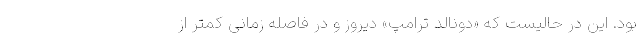
بود. این در حالیست که «دونالد ترامپ» دیروز و در فاصله زمانی کمتر از